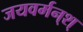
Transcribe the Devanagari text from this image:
जयवर्मन्‌श्